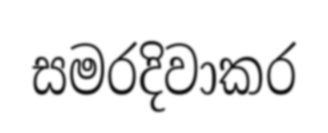
සමරදිවාකර